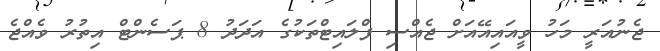
ޖެނުއަރީ މަހު ވީއައިއޭއަށް ޖެއްސި ފްލައިޓްތަކުގެ އަދަދު 8 ޕަސެންޓް އިތުރު ވެއްޖެ